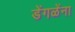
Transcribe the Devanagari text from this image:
डेंगळेंना